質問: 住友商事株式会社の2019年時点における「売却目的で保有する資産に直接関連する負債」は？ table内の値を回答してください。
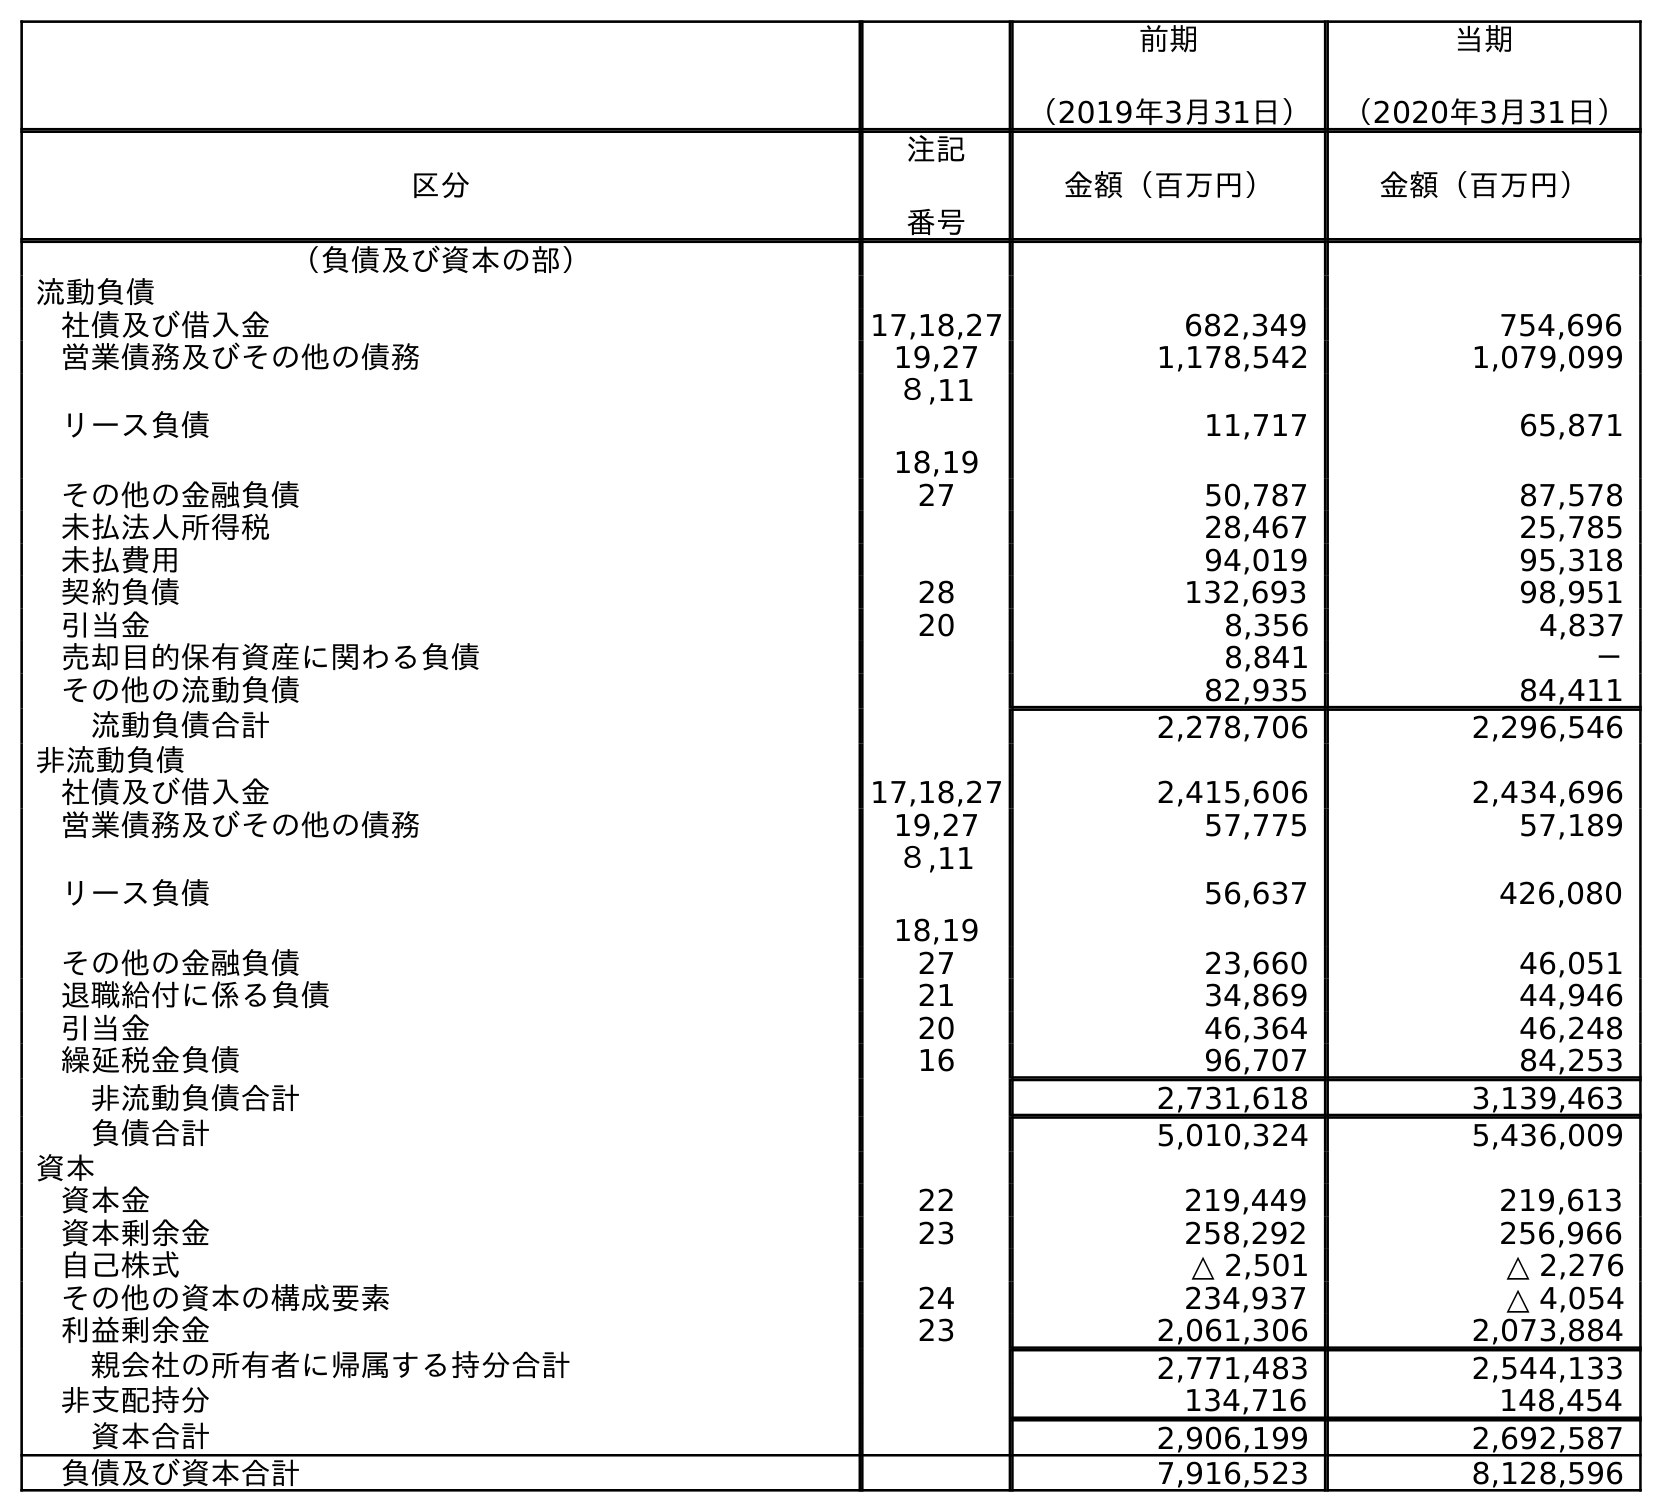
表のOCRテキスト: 前期 （2019年3月31日） 当期 （2020年3月31日） 区分 注記 番号 金額（百万円） 金額（百万円） （負債及び資本の部） 流動負債 社債及び借入金 17,18,27 682,349 754,696 営業債務及びその他の債務 19,27 1,178,542 1,079,099 リース負債 ８,11 18,19 11,717 65,871 その他の金融負債 27 50,787 87,578 未払法人所得税 28,467 25,785 未払費用 94,019 95,318 契約負債 28 132,693 98,951 引当金 20 8,356 4,837 売却目的保有資産に関わる負債 8,841 － その他の流動負債 82,935 84,411 流動負債合計 2,278,706 2,296,546 非流動負債 社債及び借入金 17,18,27 2,415,606 2,434,696 営業債務及びその他の債務 19,27 57,775 57,189 リース負債 ８,11 18,19 56,637 426,080 その他の金融負債 27 23,660 46,051 退職給付に係る負債 21 34,869 44,946 引当金 20 46,364 46,248 繰延税金負債 16 96,707 84,253 非流動負債合計 2,731,618 3,139,463 負債合計 5,010,324 5,436,009 資本 資本金 22 219,449 219,613 資本剰余金 23 258,292 256,966 自己株式 △ 2,501 △ 2,276 その他の資本の構成要素 24 234,937 △ 4,054 利益剰余金 23 2,061,306 2,073,884 親会社の所有者に帰属する持分合計 2,771,483 2,544,133 非支配持分 134,716 148,454 資本合計 2,906,199 2,692,587 負債及び資本合計 7,916,523 8,128,596
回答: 8,841